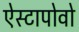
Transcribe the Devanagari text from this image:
ऐस्टापोवो